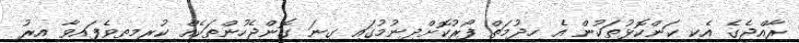
ރާއްޖެގެ އެކި ކަންކޮޅުތަކުން އެ ހިދުމަތް ފޯރުކޮށްދިނުމުގައި ގިނަ ގޮންޖެހުންތަކެއް ކުރިމތިވެފައިވާ އިރު